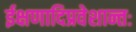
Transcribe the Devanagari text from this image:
ईक्षणादिप्रवेशान्तः